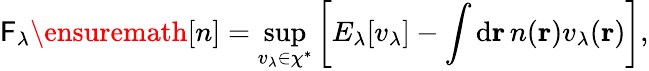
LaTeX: \mathsf{F}_{\lambda}\ensuremath{{[n]}}=\operatorname*{sup}_{v_{\lambda}\in\chi^{\ast}}\left[E_{\lambda}[v_{\lambda}]-\int\mathrm{{d}}\mathbf{{r}}\, n(\mathbf{{r}})v_{\lambda}(\mathbf{{r}})\right],